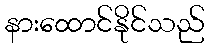
နားထောင်နိုင်သည်